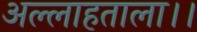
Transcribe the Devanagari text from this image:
अल्लाहताला।।